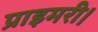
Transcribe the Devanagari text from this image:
प्राइमरी।